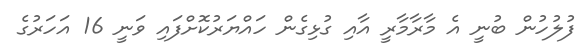
ފުލުހުން ބުނީ އެ މާރާމާރީ އާއި ގުޅިގެން ހައްޔަރުކޮށްފައި ވަނީ 16 އަހަރުގެ